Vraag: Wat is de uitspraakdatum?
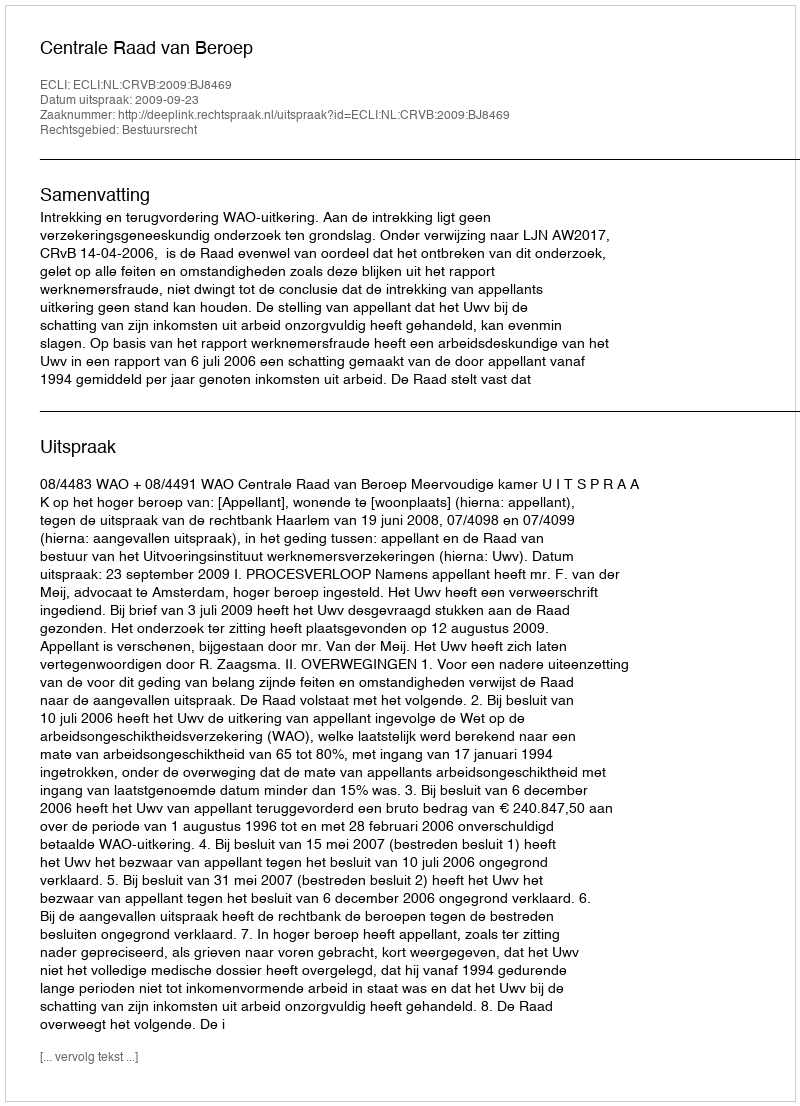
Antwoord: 2009-09-23